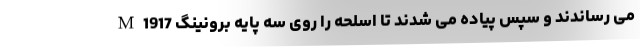
می رساندند و سپس پیاده می شدند تا اسلحه را روی سه پایه برونینگ M1917